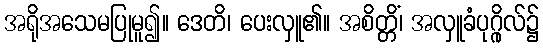
အရိုအသေမပြုမူ၍။ ဒေတိ၊ ပေးလှူ၏။ အစိတ္တိံ၊ အလှူခံပုဂ္ဂိုလ်၌